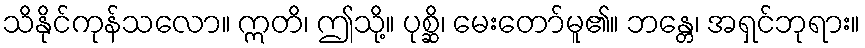
သိနိုင်ကုန်သလော။ ဣတိ၊ ဤသို့။ ပုစ္ဆိ၊ မေးတော်မူ၏။ ဘန္တေ၊ အရှင်ဘုရား။